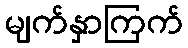
မျက်နှာကြက်